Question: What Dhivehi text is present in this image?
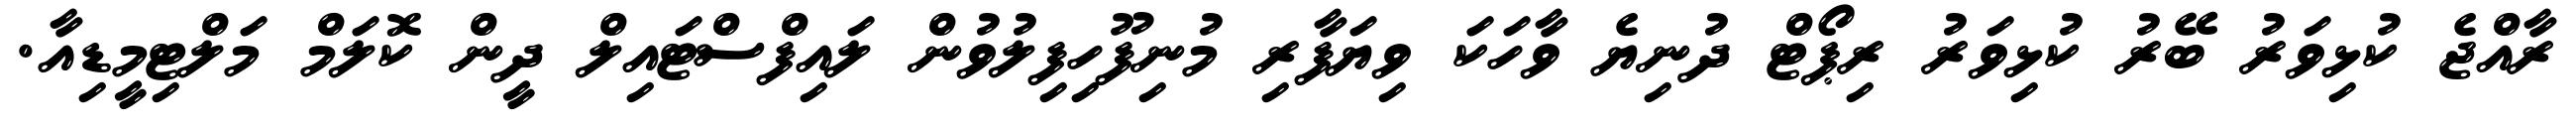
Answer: ރާއްޖެ ކުޅިވަރު ބޭރު ކުޅިވަރު ރިޕޯޓް ދުނިޔެ ވާހަކަ ވިޔަފާރި މުނިފޫހިފިލުވުން ލައިފްސްޓައިލް ދީން ކޮލަމް މަލްޓިމީޑިއާ.